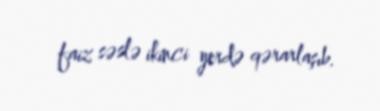
faiz səslə ikinci yerdə qərarlaşıb.